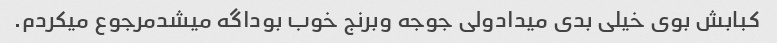
کبابش بوی خیلی بدی میدادولی جوجه وبرنج خوب بوداگه میشدمرجوع میکردم.